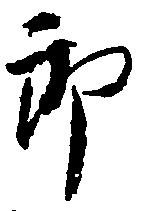
郎